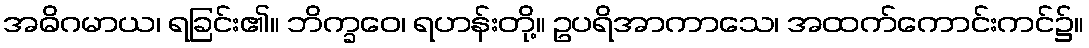
အဓိဂမာယ၊ ရခြင်း၏။ ဘိက္ခဝေ၊ ရဟန်းတို့။ ဥပရိအာကာသေ၊ အထက်ကောင်းကင်၌။